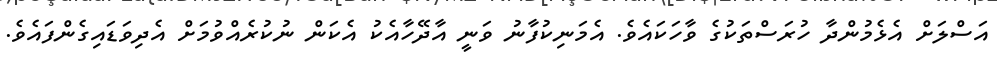
އަސްލަށް އެޅެމުންދާ ހުރަސްތަކުގެ ވާހަކައެވެ. އެމަނިކުފާނު ވަނީ އާދޭހާއެކު އެކަން ނުކުރެއްވުމަށް އެދިވަޑައިގެންފައެވެ.